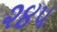
૨૪૫